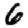
Digit: 6